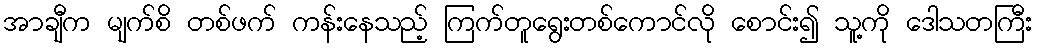
အာချီက မျက်စိ တစ်ဖက် ကန်းနေသည့် ကြက်တူရွေးတစ်ကောင်လို စောင်း၍ သူ့ကို ဒေါသတကြီး